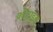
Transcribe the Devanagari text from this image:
क्रोटाइल